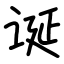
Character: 诞